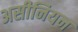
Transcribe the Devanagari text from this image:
असीनियन